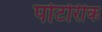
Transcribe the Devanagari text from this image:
पोर्टोरीक